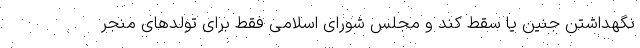
نگهداشتن جنین یا سقط کند و مجلس شورای اسلامی فقط برای تولدهای منجر